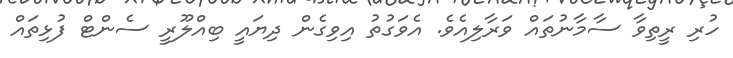
ހުރި ރީތިވާ ސާމާނުތައް ވަރާލިއެވެ. އެވަގުތު އިވިގެން ދިޔައީ ބިއްލޫރީ ސެންޓް ފުޅިތައް